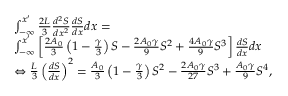
\begin{array} { r l } & { \int _ { - \infty } ^ { x ^ { \prime } } \frac { 2 L } { 3 } \frac { d ^ { 2 } S } { d x ^ { 2 } } \frac { d S } { d x } d x = } \\ & { \int _ { - \infty } ^ { x ^ { \prime } } \left[ \frac { 2 A _ { 0 } } { 3 } \left( 1 - \frac { \gamma } { 3 } \right) S - \frac { 2 A _ { 0 } \gamma } { 9 } S ^ { 2 } + \frac { 4 A _ { 0 } \gamma } { 9 } S ^ { 3 } \right] \frac { d S } { d x } d x } \\ & { \Leftrightarrow \frac { L } { 3 } \left( \frac { d S } { d x } \right) ^ { 2 } = \frac { A _ { 0 } } { 3 } \left( 1 - \frac { \gamma } { 3 } \right) S ^ { 2 } - \frac { 2 A _ { 0 } \gamma } { 2 7 } S ^ { 3 } + \frac { A _ { 0 } \gamma } { 9 } S ^ { 4 } , } \end{array}